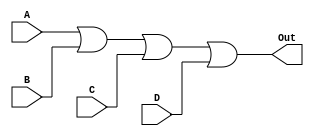
module four_input_or_gate (
    input A, B, C, D,
    output Out
);

assign Out = A | B | C | D;

endmodule